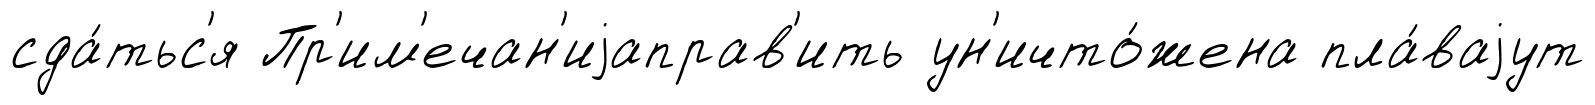
сда́тьс'я Пр'им'ечан'иjаправ'ить ун'ичто́жена пла́ваjут